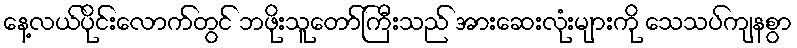
နေ့လယ်ပိုင်းလောက်တွင် ဘဖိုးသူတော်ကြီးသည် အားဆေးလုံးများကို သေသပ်ကျနစွာ